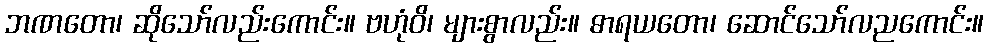
ဘဏတော၊ ဆိုသော်လည်းကောင်း။ ဗဟုံဝိ၊ များစွာလည်း။ ဓာရယတော၊ ဆောင်သော်လညကောင်း။